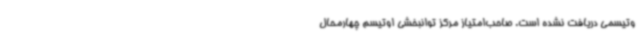
وتیسمی دریافت نشده است. صاحب‌امتیاز مرکز توانبخشی اوتیسم چهارمحال